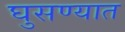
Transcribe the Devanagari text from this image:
घुसण्यात